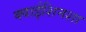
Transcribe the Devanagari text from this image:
क्वाईशिनशा